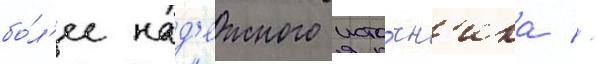
бо́л'ее над'ежного исто́чн'ика //